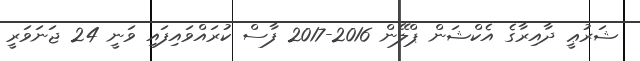
ޝަރުޢީ ދާއިރާގެ އެކްޝަން ޕްލޭން 2016-2017 ފާސް ކުރައްވައިފައި ވަނީ 24 ޖަނަވަރީ